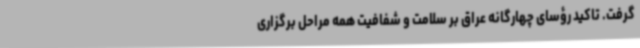
گرفت. تاکید رؤسای چهارگانه عراق بر سلامت و شفافیت همه مراحل برگزاری